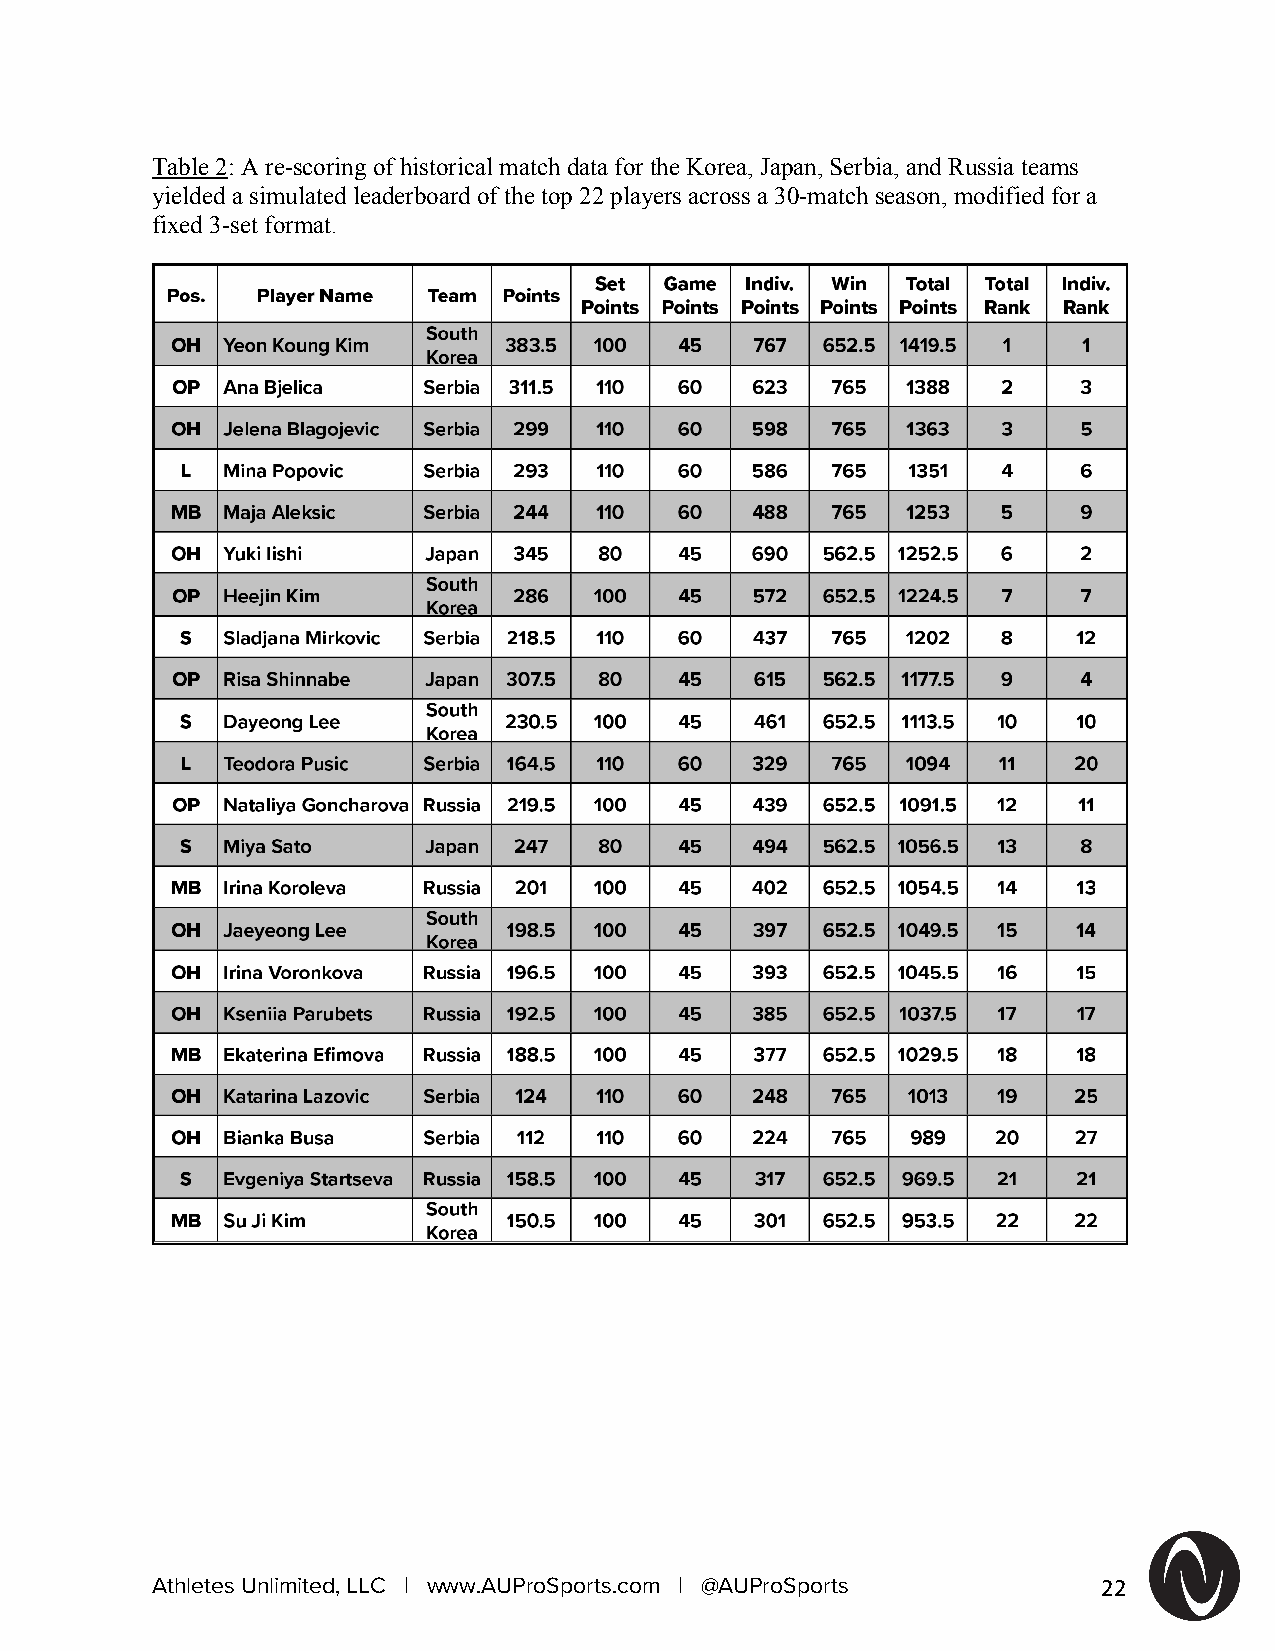
Table 2: A re-scoring of historical match data for the Korea, Japan, Serbia, and Russia teams
 yielded a simulated leaderboard of the top 22 players across a 30-match season, modified for a
 fixed 3-set format.
 Athletes Unlimited, LLC | www.AUProSports.com | @AUProSports   22